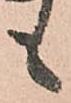
も